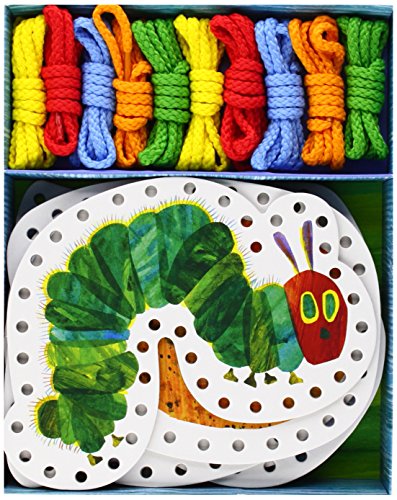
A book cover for The World of Eric Carle(TM) The Very Hungry Caterpillar(TM) Lacing Cards; Chronicle Books; Children's Books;